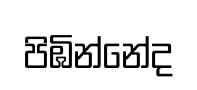
පිඹින්නේද